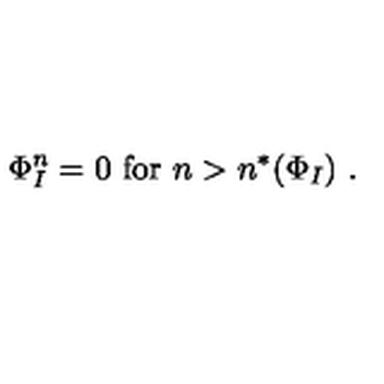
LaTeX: \Phi _ { I } ^ { n } = 0 \ \mathrm { f o r } \ n > n ^ { * } ( \Phi _ { I } ) \ .